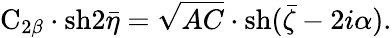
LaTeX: \mathrm{C}_{2\beta}\cdot\mathrm{sh}2\bar{\eta}=\sqrt{AC}\cdot\mathrm{sh}(\bar{\zeta}-2i\alpha).